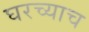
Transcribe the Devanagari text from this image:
घरच्याच